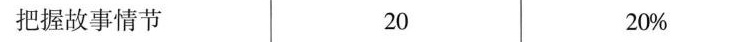
把握故事情节 20 20%